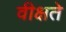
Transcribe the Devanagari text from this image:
वीक्षते